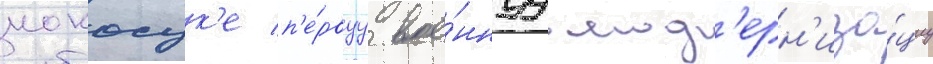
иокосук'е п'е́рвуу вое́ннуу мод'ерн'иза́циу